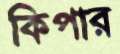
কিপার